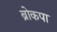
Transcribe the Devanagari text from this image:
ब्रोकपा